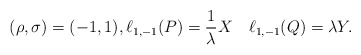
\begin{align*}(\rho,\sigma)=(-1,1),\ell_{1,-1}(P)=\frac 1{\lambda} X\quad\ell_{1,-1}(Q)=\lambda Y.\end{align*}